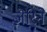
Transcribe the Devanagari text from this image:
ज़ेरिने